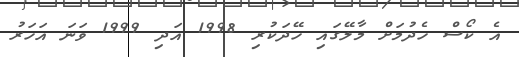
އެ ކޯސް ހެދުމަށް މާލޭގައި ހޭދަކުރި 1998 އަދި 1999 ވަނަ އަހަރު